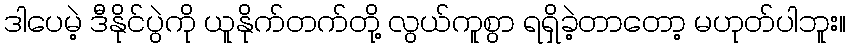
ဒါပေမဲ့ ဒီနိုင်ပွဲကို ယူနိုက်တက်တို့ လွယ်ကူစွာ ရရှိခဲ့တာတော့ မဟုတ်ပါဘူး။